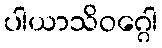
ပါယာသိဝဂ္ဂေါ